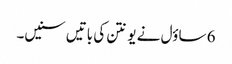
6 ساؤل نے یونتن کی باتیں سنیں۔